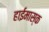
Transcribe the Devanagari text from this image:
हाईमास्क